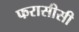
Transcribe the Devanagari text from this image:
फरासीसी